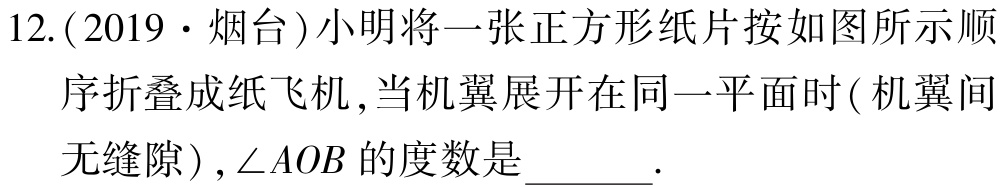
12.(2019·烟台)小明将一张正方形纸片按如图所示顺序折叠成纸飞机,当机翼展开在同一平面时(机翼间无缝隙),$\angle AOB$的度数是 .